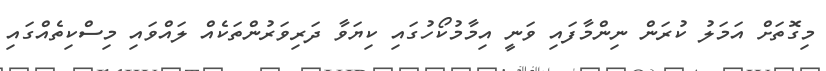
މިގޮތަށް އަމަލު ކުރަން ނިންމާފައި ވަނީ އިމާމުކޯހުގައި ކިޔަވާ ދަރިވަރުންތަކެއް ލައްވައި މިސްކިތެއްގައި